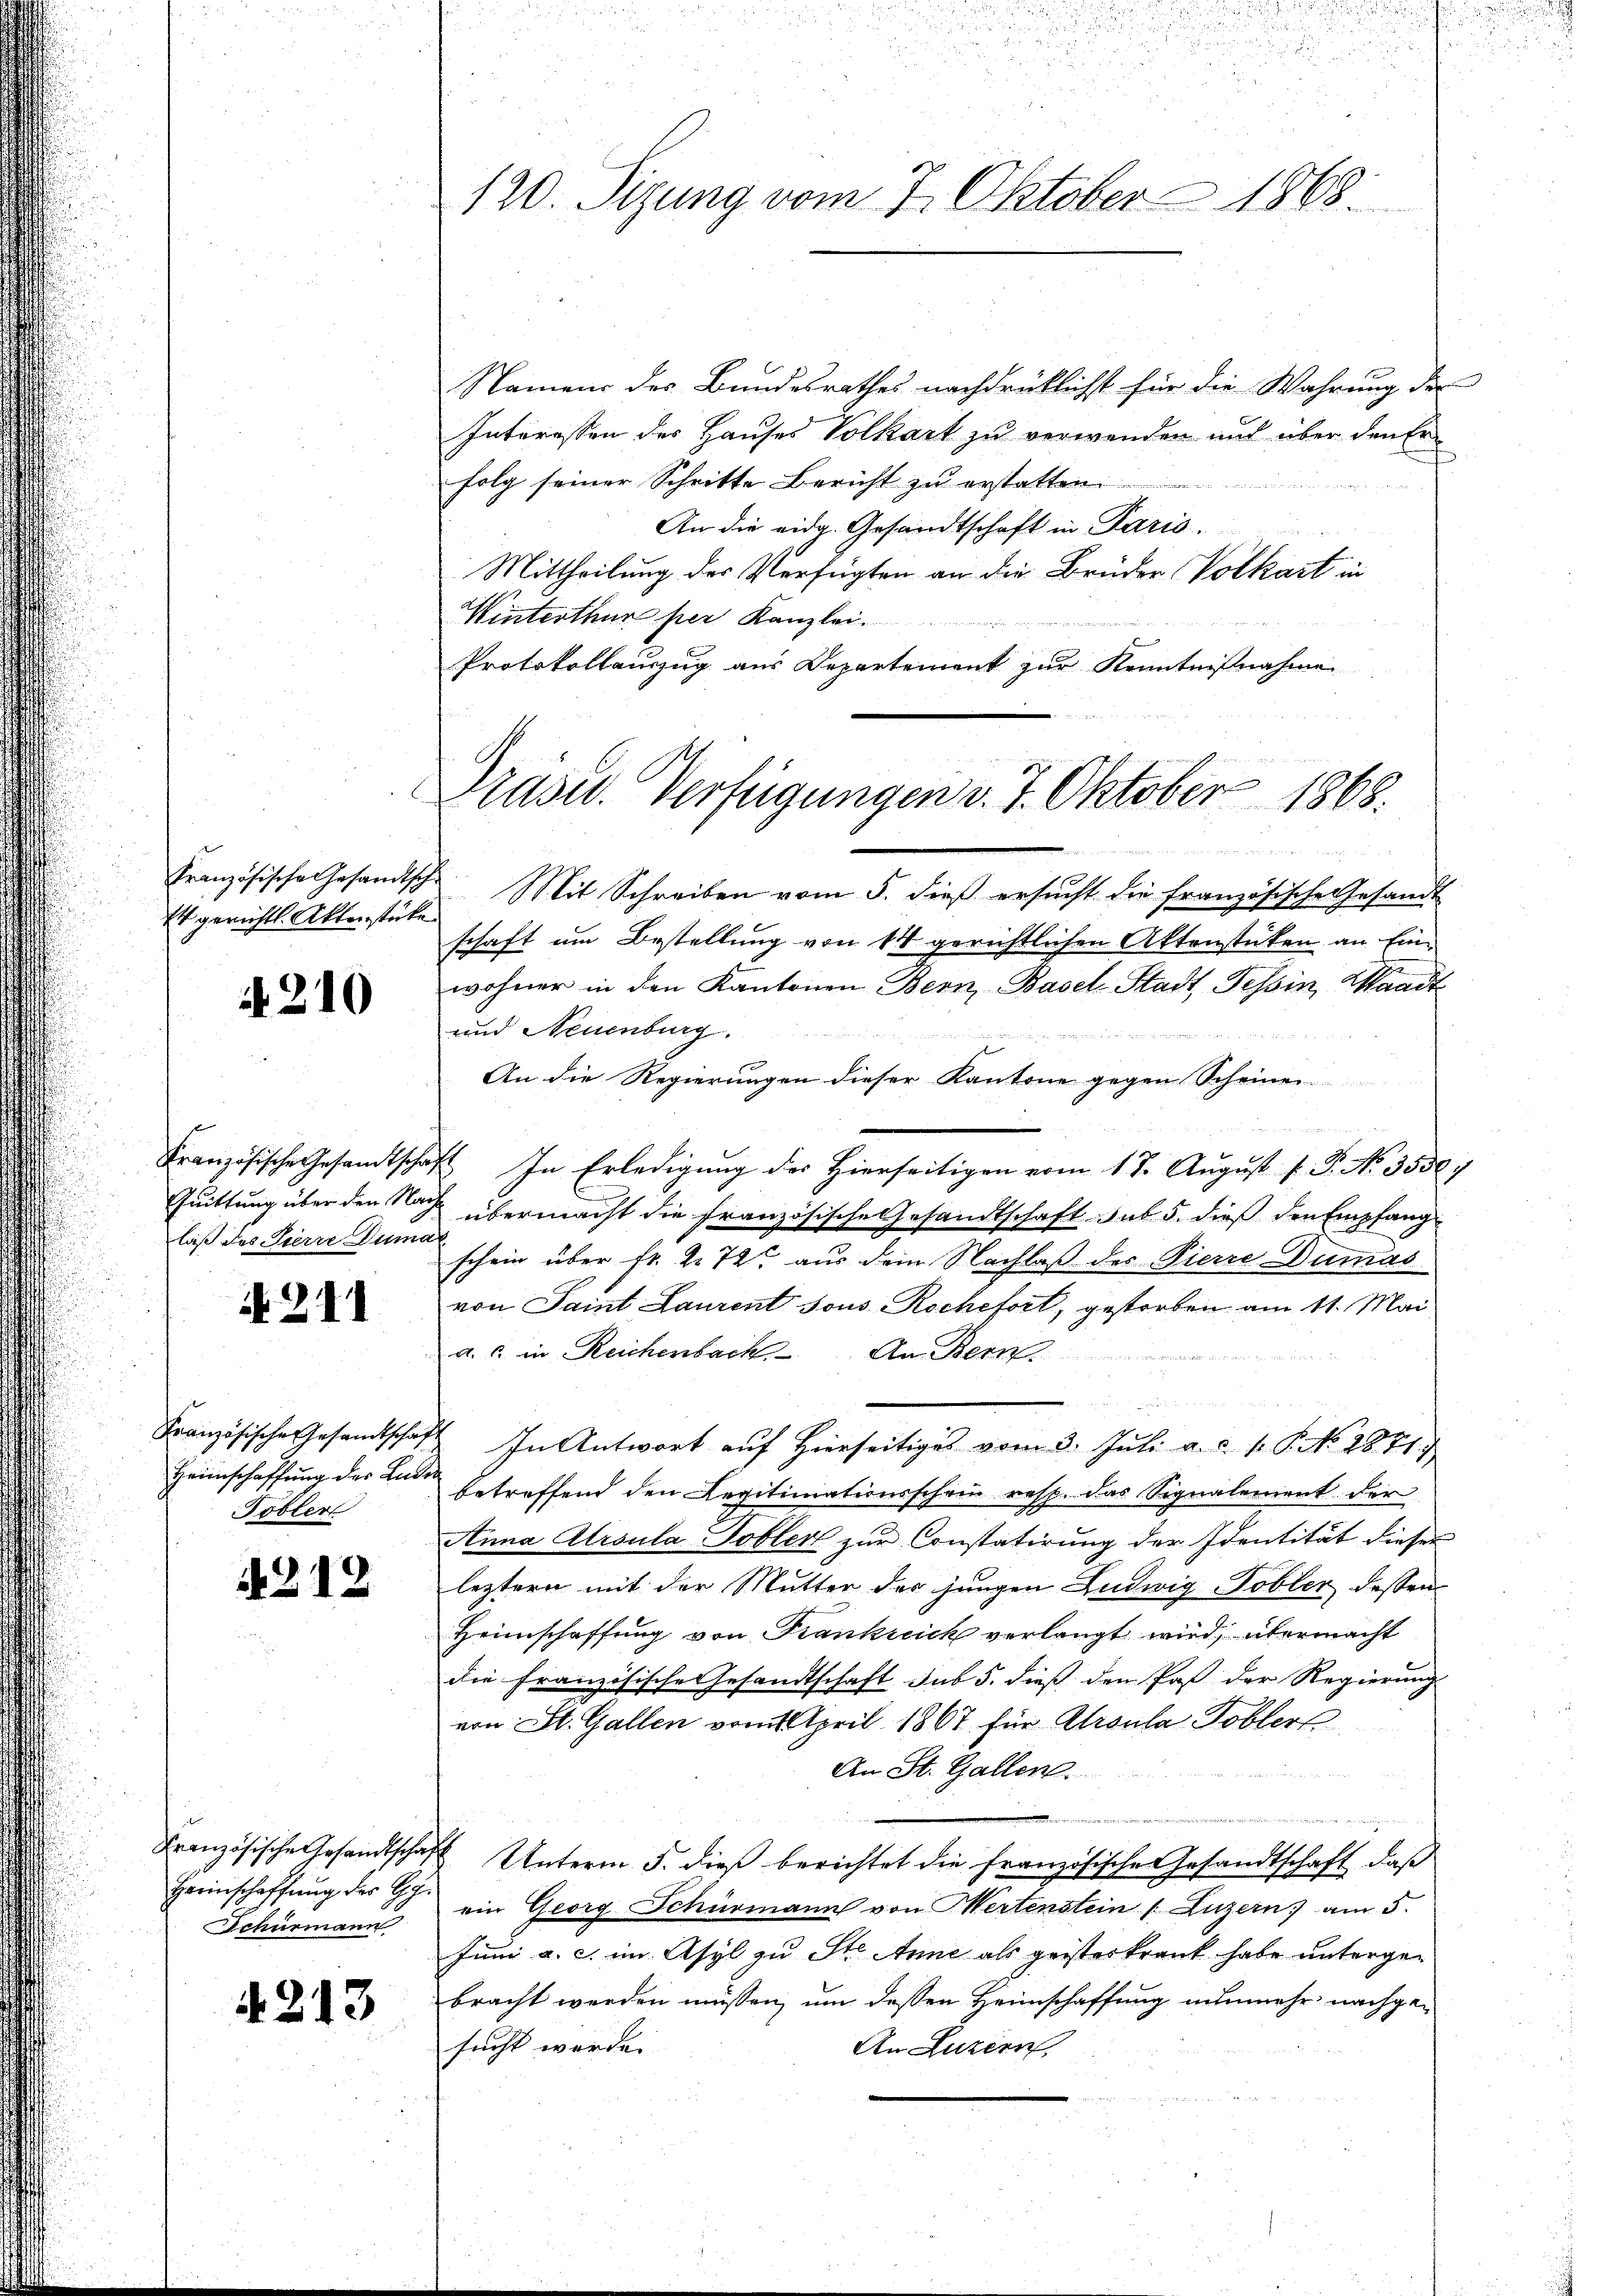
französische Gesandtsch-
Es gerichts. Aktenstücke

4210

Französische Gesandtschaf
laß des Tierre Duma

N 211

Französische Gesandtschaf
Heimschaffung der Luder
Tobler

1212

Heimschaffung des Gy
Schurmann

4213

120. Sizung vom 7. Oktober 1868.

Namen des Bundesrathes nachdrüklichst für die Wahrung der
Interessen der Hauses Volkart zu verwenden mit über den Erfolg seiner Schritte Bericht zu erstatten.
An die eidg. Gesandtschaft in Paris.
Mittheilung der Verfügten an die Brüder Volkart in
Winterthur per Kanzlei
1117
Protokollauszug aus Departement zur Kenntnisnahme
 Heer
Mit Schreiben vom 5. dieß ersucht die französische Gesandt
schaft um Bestellung von 14 gerichtlichen Aktenstücken an Einwohner in den Kantonen Bern, Basel-Stadt, Tessin, Waadt
und Neuenburg.
An die Regierungen dieser Kantone gegen Scheinen

 In Erledigung des Hierseitigen vom 17. August l. P. No. 35507
Quittung über den Nach übermacht die Französische Gesandtschaft. sub. 5. dieß den Empfangschein über fr. 272 aus dem Nachlaß des Pierre Dumas
von Saint Laurent sous Rochefort, gestorben am 11. Mai
a. c. in Reichenbach An Bern.

 In Antwort auf Hierseitiges vom 3. Juli a. c. 1. P. No. 1871
betreffend den Legitimationsschein resp. das Signalement der
Anna Ursula Tobler zur Constatirung der Identität dieser
leztern mit der Mutter des jungen Ludwig Tobler dessen
Heimschaffung von Frankreich verlangt wird, übermacht
die Französische Gesandtschaft sub 5. dieß den Past der Regierung
von St. Gallen vom 1. April 1867 für Atroula Tobler
An St. Gallen.
Französische Gesandtschaft Unterm 5. dieß berichtet die französische Gesandtschaft, daß
ein Georg Schürmann von Wertenstein (Luzern am 5.
Juni a. c. im Asyl zu Ste Anne als geisterkrank habe untergebracht werden müssen, um dessen Heimschaffung nunmehr nachgesucht werde.
An Luzern,

Prüsel. Verfügungen v. 7. Oktober 1868.